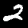
Digit: 2